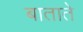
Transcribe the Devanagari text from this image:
बाताते